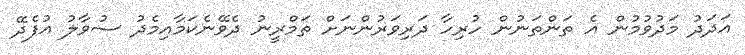
އަދަދު މަދުވުމުން އެ ތަންތަނުން ހުރިހާ ދަރިވަރުންނަށް ތަމްރީނު ދެވޭނެކަމާއިމެދު ސުވާލު އުފެދޭ